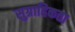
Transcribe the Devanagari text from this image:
सुग्राहिकता